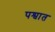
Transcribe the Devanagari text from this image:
पश्वात